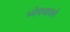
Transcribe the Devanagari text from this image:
ध्येयवाक्ये